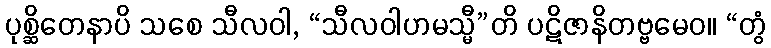
ပုစ္ဆိတေနာပိ သစေ သီလဝါ, “သီလဝါဟမသ္မီ”တိ ပဋိဇာနိတဗ္ဗမေဝ။ “တွံ